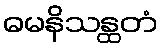
ဓမနိသန္ထတံ